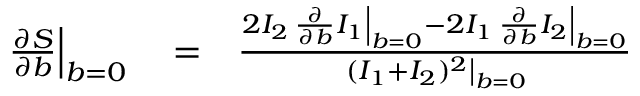
\begin{array} { r l r } { \left. \frac { \partial S } { \partial b } \right| _ { b = 0 } } & { { } = } & { \frac { 2 I _ { 2 } \left. \frac { \partial } { \partial b } I _ { 1 } \right| _ { b = 0 } - 2 I _ { 1 } \left. \frac { \partial } { \partial b } I _ { 2 } \right| _ { b = 0 } } { \left. ( I _ { 1 } + I _ { 2 } ) ^ { 2 } \right| _ { b = 0 } } } \end{array}